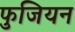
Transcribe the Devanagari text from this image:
फुजियन